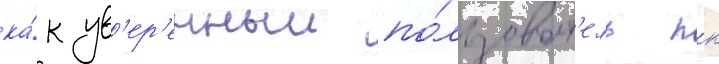
ка́к ув'ер'енныи по́льзоват'ель пк